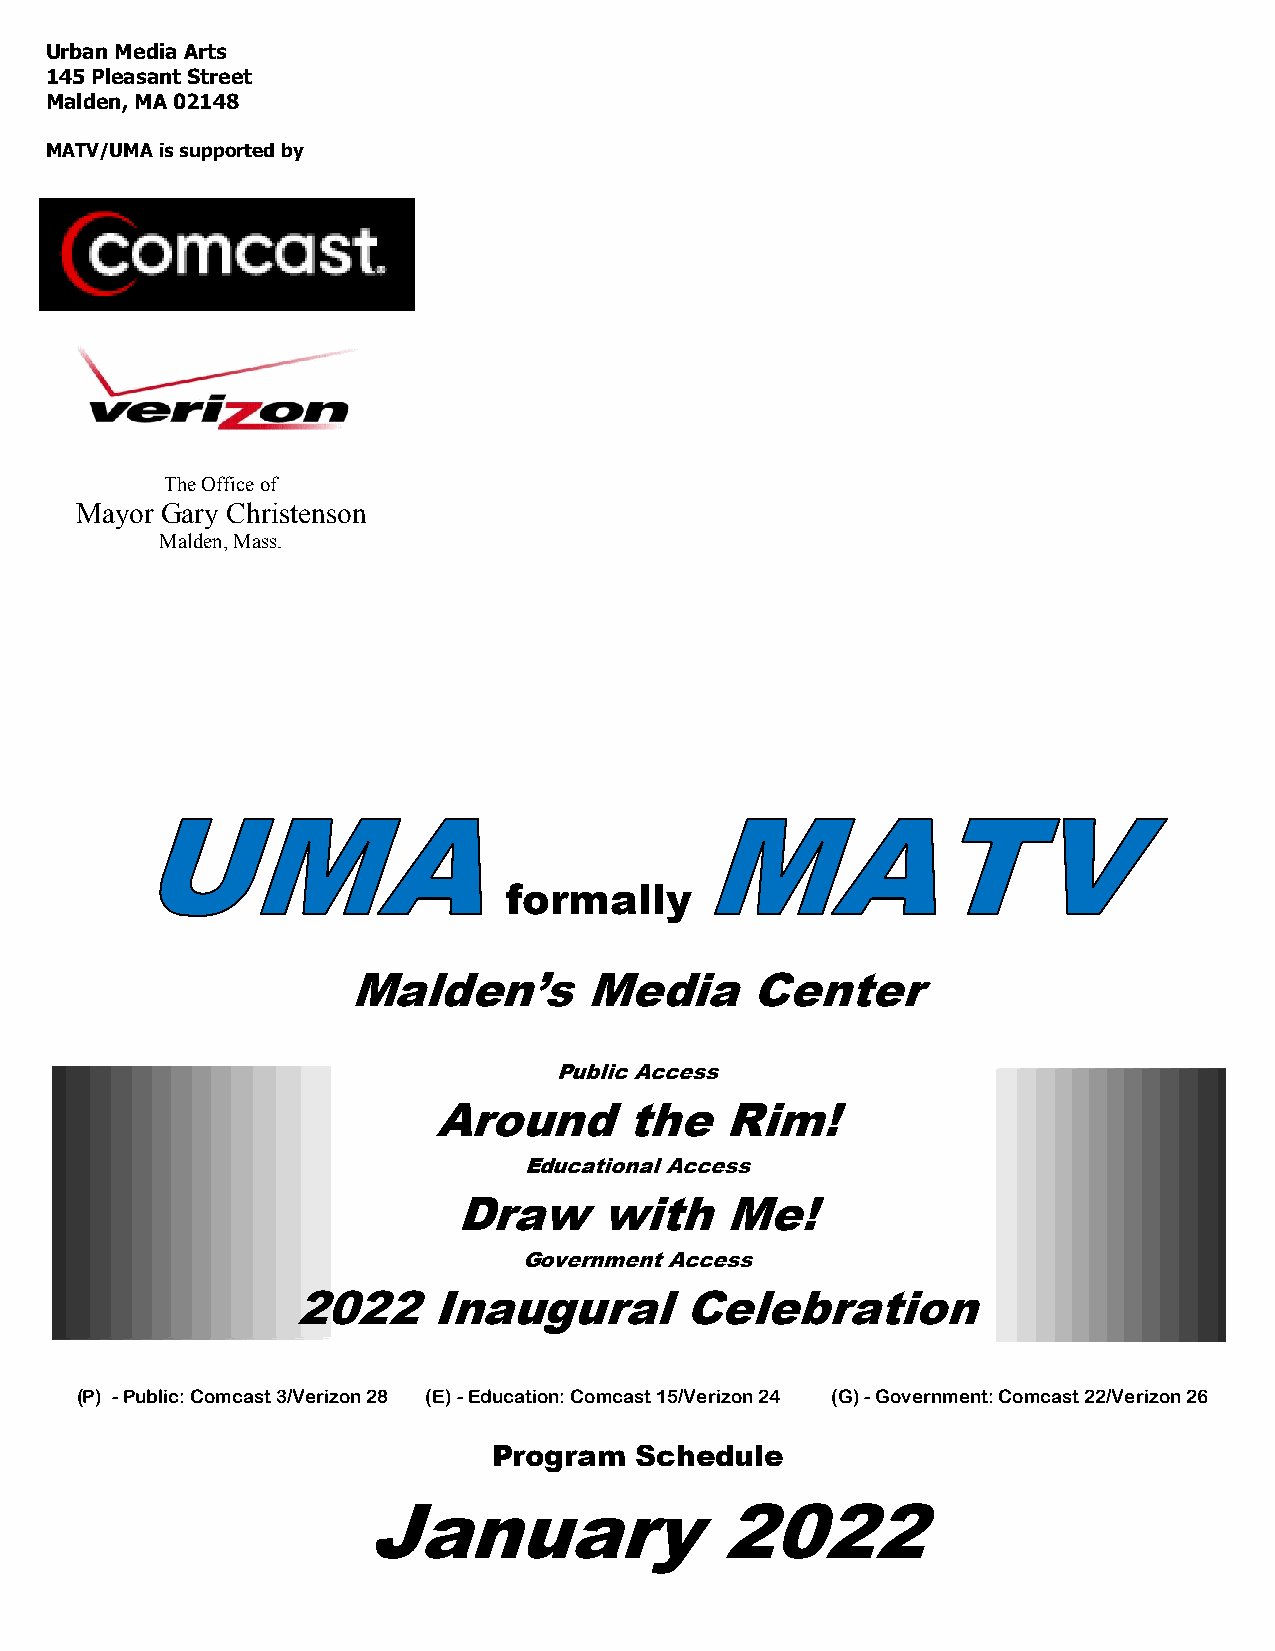
Urban Media Arts
 145 Pleasant Street
 Malden, MA 02148
 MATV/UMA is supported by
 The Office of
 Mayor Gary Christenson
 Malden, Mass.
 formally
 Malden’s        Media      Center
 Public Access
 Around      the    Rim!
 Educational Access
 Draw      with    Me!
 Government Access
 2022     Inaugural        Celebration
 (P) - Public: Comcast 3/Verizon 28 (E) - Education: Comcast 15/Verizon 24 (G) - Government: Comcast 22/Verizon 26
 Program  Schedule
 January                2022
 FFFFeeeebbbbrrrruuuuaaaarrrryyyy 2222000000007777